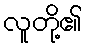
လူတို့၏